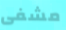
مشفى